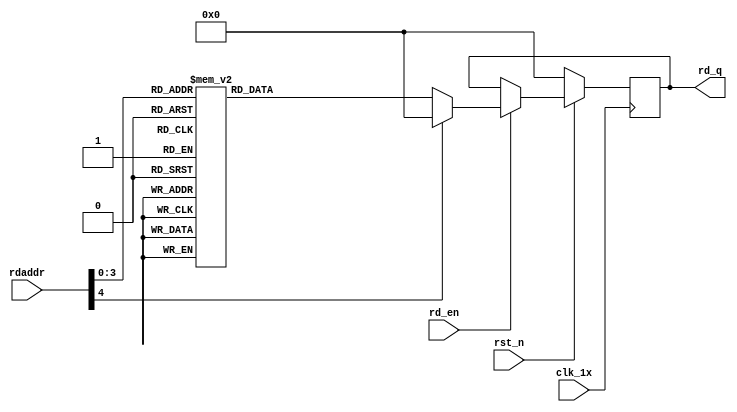

`timescale 1ns / 1ps
module F_normal_t8_next_Rom0(
input	          							clk_1x,
input	          							rst_n,
//////////////////////////////////////////////////////////////
input										rd_en,
input				[4:0]				rdaddr,
output		reg			[127:0]				rd_q
);

always @(posedge clk_1x)begin
	if(~rst_n)begin
		rd_q <= 128'b0;
	end
	else if(rd_en == 1'b1)begin
		case(rdaddr)
			5'h0f: rd_q <= 128'b11010100011001101001111100100000101011101011011000111111100110001011110111101001111001001000111011111010101001001110000000111000;
			5'h0e: rd_q <= 128'b11110110011000011110010001100001101110101000100010100010010010111001011001001101110101101001000011111010000010011010111011010010;
			5'h0d: rd_q <= 128'b00101100001100101000111110110100110111010111101100011000010010010001000110100110101011111111011011001010111011010011111000100111;
			5'h0c: rd_q <= 128'b01000001110100000110101010001000000110110110111100101001101111001011100101000001001010100010010110111011101011111100010001101010;
			5'h0b: rd_q <= 128'b00001110010101100010001111100100000000000100101011010100001011100101010110010000011110001111000011110001111110110111001001000111;
			5'h0a: rd_q <= 128'b00011110110110001110011001111100001101110100010010001000010110101010111110001011100101111001011001111110011011111001101000110100;
			5'h09: rd_q <= 128'b10010111011111010100100010000011101111101101010010011101001101010100010010011010100101111100100000000111101000000111110010110110;
			5'h08: rd_q <= 128'b11001011100011111001111100001001101111110001000101000101111101000011100000001000101010100011111010100001110010000110100011000010;
			5'h07: rd_q <= 128'b00110110100000111011001000101011101000001010100001000110010111011011100110110101110101100001101110111011111000100110001111100110;
			5'h06: rd_q <= 128'b10111011100100011111110110000111010101011000001011100001000100000001100110111100010010111010100111010000011100101100011011000110;
			5'h05: rd_q <= 128'b10001110000001010100100000000000110100101101101001000100010100010111101101100110001110110001011111011100101100000110111001101101;
			5'h04: rd_q <= 128'b01111010011111000000100100001001000011001001110010111100000000010110011101111000101010100100100000110000010100000111110010110111;
			5'h03: rd_q <= 128'b10001111011011000110100011001010000111011101111000110110011100110101101101100011001011000011111100100000101001010000010100010111;
			5'h02: rd_q <= 128'b01101110111001100100000001000011010110111101010011000100100001111011101111001100101010100001010000010011101110000010100001011000;
			5'h01: rd_q <= 128'b10101001111100011000110011100110101001011000101101010000100110101111100011000101011110001011101010100011000110111111101000001000;
			5'h00: rd_q <= 128'b11011001100010010000011101011110010000101111100011010111001100011010110011001111101111111011111010101111101011011011010111000001;
		default:rd_q <= 128'b0;
		endcase
	end
end

endmodule